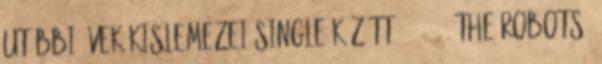
utóbbi évek kislemezei single között - '1991, The Robots'